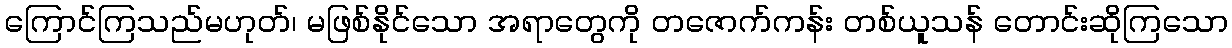
ကြောင်ကြသည်မဟုတ်၊ မဖြစ်နိုင်သော အရာတွေကို တဇောက်ကန်း တစ်ယူသန် တောင်းဆိုကြသော